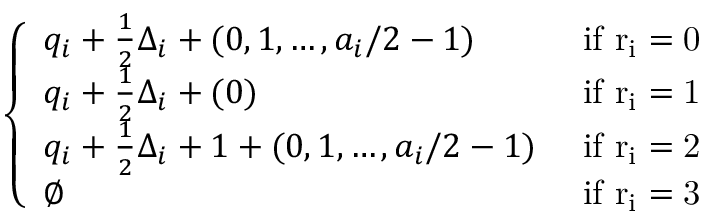
\left\{ \begin{array} { l l } { q _ { i } + \frac 1 2 \Delta _ { i } + ( 0 , 1 , \dots , a _ { i } / 2 - 1 ) } & { \mathrm { ~ i f ~ r _ i = 0 ~ } } \\ { q _ { i } + \frac 1 2 \Delta _ { i } + ( 0 ) } & { \mathrm { ~ i f ~ r _ i = 1 ~ } } \\ { q _ { i } + \frac 1 2 \Delta _ { i } + 1 + ( 0 , 1 , \dots , a _ { i } / 2 - 1 ) } & { \mathrm { ~ i f ~ r _ i = 2 ~ } } \\ { \emptyset } & { \mathrm { ~ i f ~ r _ i = 3 ~ } } \end{array} \right.